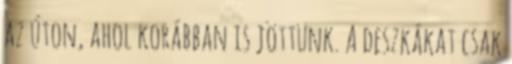
az úton, ahol korábban is jöttünk. A deszkákat csak